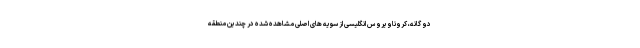
دو گانه، کروناویروس انگلیسی از سویه های اصلی مشاهده شده در چندین منطقه